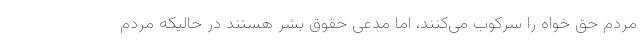
مردم حق خواه را سرکوب می‌کنند، اما مدعی حقوق بشر هستند در حالیکه مردم